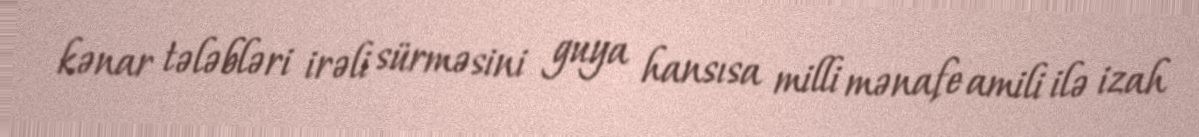
kənar tələbləri irəli sürməsini guya hansısa milli mənafe amili ilə izah